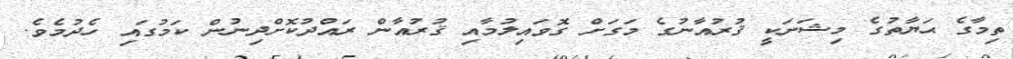
ތިމާގެ ޙަޔާތުގެ މިޝަނަކީ ޤުރުއާނުގެ މަގަށް ގޮވައިލުމާއި ޤުރުއާން ރައްދުކޮށްދިނުން ކަމުގައި ހެދުމެވެ.